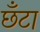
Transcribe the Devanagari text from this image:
छँटा